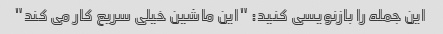
این جمله را بازنویسی کنید: "این ماشین خیلی سریع کار می کند"